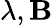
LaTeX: \lambda,\mathbf{B}